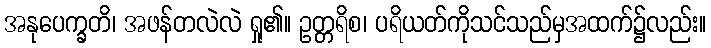
အနုပေက္ခတိ၊ အဖန်တလဲလဲ ရှု၏။ ဥတ္တရိစ၊ ပရိယတ်ကိုသင်သည်မှအထက်၌လည်း။